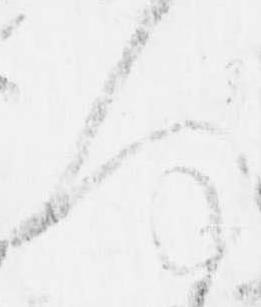
何